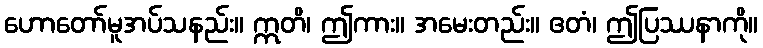
ဟောတော်မူအပ်သနည်း။ ဣတိ၊ ဤကား။ အမေးတည်း။ ဧတံ၊ ဤပြဿနာကို။